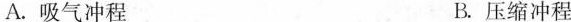
A.吸气冲程 B.压缩冲程